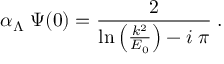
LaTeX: \alpha _ { \Lambda } \; \Psi ( 0 ) = \frac { 2 } { \mathrm { l n } \left( \frac { k ^ { 2 } } { E _ { 0 } } \right) - i \; \pi } \; .